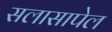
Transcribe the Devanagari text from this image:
सलासापेल